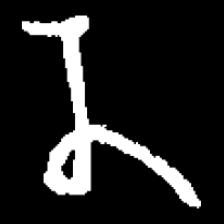
Pyu character \u2014 Myanmar letter: န (romanized: na)